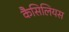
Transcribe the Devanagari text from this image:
कैसिलियस